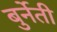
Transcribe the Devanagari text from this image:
बुर्नेती